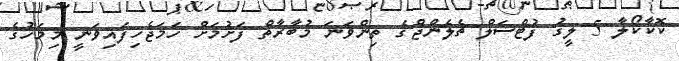
ކޮކާކޯލާ 5 ލީގު ފުޓްސަލް ޗެލެންޖްގެ ތިންވަނަ މުބާރާތް ފަށުމަށް ހަމަޖެހިފައިވަނީ މިމަހުގެ